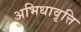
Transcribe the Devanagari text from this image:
अभिधावृत्ति